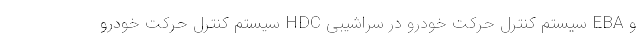
و EBA سیستم کنترل حرکت خودرو در سراشیبی HDC سیستم کنترل حرکت خودرو